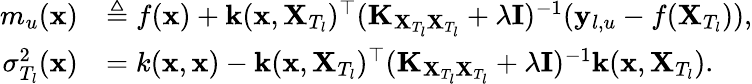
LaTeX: \begin{array}{rl}{m_{u}(\mathbf{x})}&{\triangleq f(\mathbf{x})+\mathbf{k}(\mathbf{x},\mathbf{X}_{T_{l}})^{\top}(\mathbf{K}_{\mathbf{X}_{T_{l}}\mathbf{X}_{T_{l}}}+\lambda\mathbf{I})^{-1}(\mathbf{y}_{l,u}-f(\mathbf{X}_{T_{l}})),}\\ {\sigma_{T_{l}}^{2}(\mathbf{x})}&{=k(\mathbf{x},\mathbf{x})-\mathbf{k}(\mathbf{x},\mathbf{X}_{T_{l}})^{\top}(\mathbf{K}_{\mathbf{X}_{T_{l}}\mathbf{X}_{T_{l}}}+\lambda\mathbf{I})^{-1}\mathbf{k}(\mathbf{x},\mathbf{X}_{T_{l}}).}\end{array}